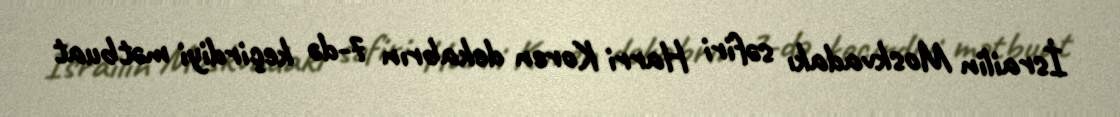
İsrailin Moskvadakı səfiri Harri Koren dekabrın 7-də keçirdiyi mətbuat